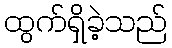
ထွက်ရှိခဲ့သည်